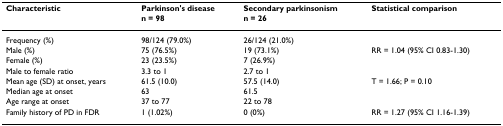
<table><thead><tr><td><b>Characteristic</b></td><td><b>Parkinson&#x27;s diseasen = 98</b></td><td><b>Secondary parkinsonismn = 26</b></td><td><b>Statistical comparison</b></td></tr></thead><tbody><tr><td>Frequency (%)</td><td>98/124 (79.0%)</td><td>26/124 (21.0%)</td><td></td></tr><tr><td>Male (%)</td><td>75 (76.5%)</td><td>19 (73.1%)</td><td>RR = 1.04 (95% CI 0.83-1.30)</td></tr><tr><td>Female (%)</td><td>23 (23.5%)</td><td>7 (26.9%)</td><td></td></tr><tr><td>Male to female ratio</td><td>3.3 to 1</td><td>2.7 to 1</td><td></td></tr><tr><td>Mean age (SD) at onset, years</td><td>61.5 (10.0)</td><td>57.5 (14.0)</td><td>T = 1.66; P = 0.10</td></tr><tr><td>Median age at onset</td><td>63</td><td>61.5</td><td></td></tr><tr><td>Age range at onset</td><td>37 to 77</td><td>22 to 78</td><td></td></tr><tr><td>Family history of PD in FDR</td><td>1 (1.02%)</td><td>0 (0%)</td><td>RR = 1.27 (95% CI 1.16-1.39)</td></tr></tbody></table>